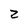
Character: 2